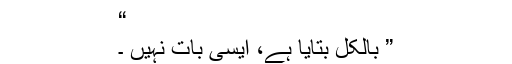
“
” بالکل بتایا ہے، ایسی بات نہیں ۔